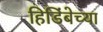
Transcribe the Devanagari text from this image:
हिडिंबेच्या